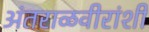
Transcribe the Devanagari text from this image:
अंतराळवीरांशी